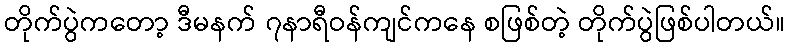
တိုက်ပွဲကတော့ ဒီမနက် ၇နာရီဝန်ကျင်ကနေ စဖြစ်တဲ့ တိုက်ပွဲဖြစ်ပါတယ်။